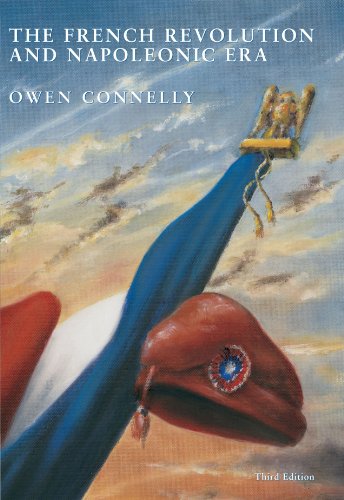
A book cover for The French Revolution and Napoleonic Era; Owen Connelly; History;